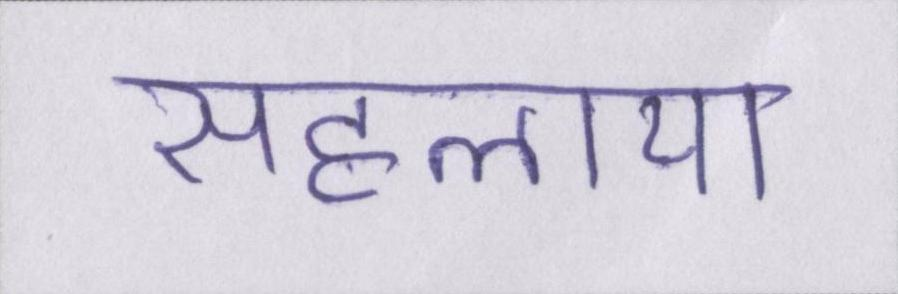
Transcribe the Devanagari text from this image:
सहलाया